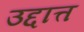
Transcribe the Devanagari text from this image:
उद्दात्त